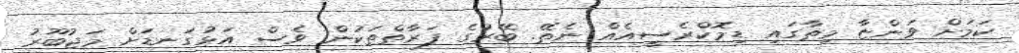
ކަމަށް ވަންޏާ މިތާގައި ޑިމޮކްރެސީއެއް ނެތޭ. ބޭރުގެ ފަރާތްތަކުން ވެސް އަޅުގަނޑަށް މަޖުބޫރު